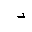
Letter: _dal